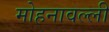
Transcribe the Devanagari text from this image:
मोहनावल्ली